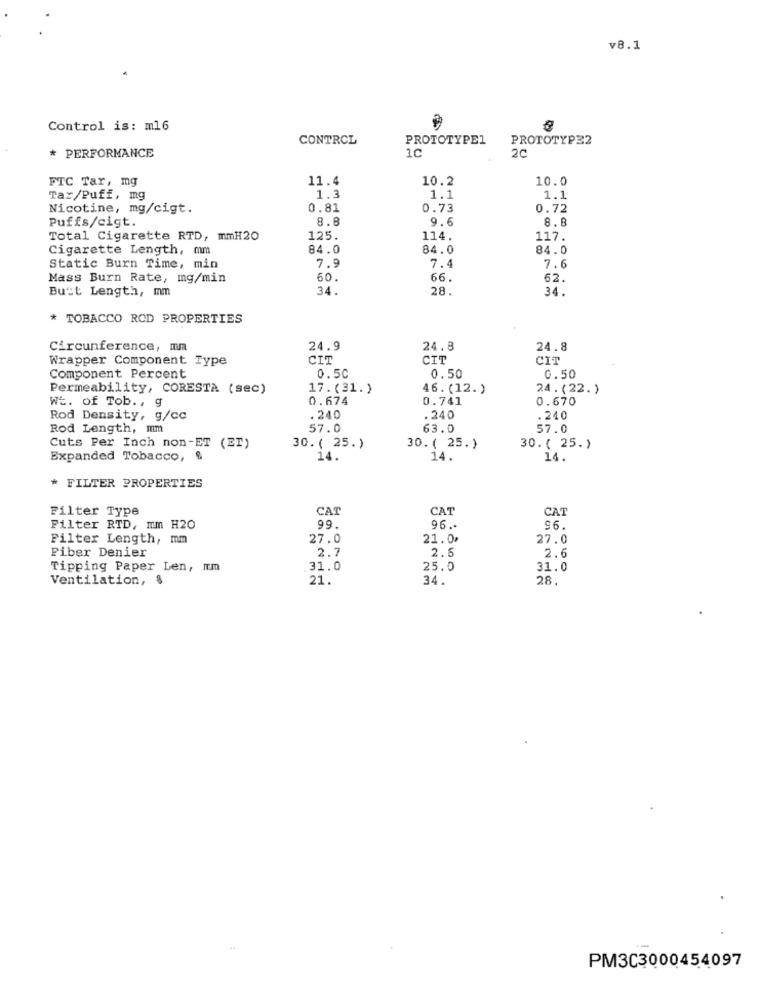
v8.1
Control is: m16
CONTROL
PROTOTYPE1
PROTOTYPE2
* PERFORMANCE
1c
2C
FTC Tar, mg
11.4
10.2
10.0
Tar/Puff, mg
1.3
1.1
1.1
Nicotine, mg/cigt.
0.81
0.73
0.72
Puffs/cigt.
8.8
9.6
8.8
Total Cigarette RTD, mmH20
125.
114.
117.
Cigarette Length, mm
84.0
84.0
84.0
7.9
7.4
Static Burn Time, min
7.6
Mass Burn Rate, mg/min
60.
66.
62.
But:t Length, mm
34.
28.
34.
* TOBACCO ROD PROPERTIES
Circunference, mm
24.9
24.8
24.8
Wrapper Component Type
CIT
CIT
CIT
Component Percent
0.50
0.50
0.50
Permeability, CORESTA (sec)
17.(31.)
46. (12. )
24.(22.)
WE. of Tob ., g
0.674
0.741
0.670
Rod Density, g/cc
.240
.240
.240
Rod Length, mm
57.0
63.0
57.0
Cuts Per Inch non-ET (ET)
30. ( 25.)
30. ( 25.)
30.( 25.)
Expanded Tobacco,
14.
14.
14.
FILTER PROPERTIES
Filter Type
CAT
CAT
CAT
99.
96 .-
Filter RTD, mm H20
96.
Filter Length, mm
27.0
21.0₽
27.0
Fiber Denier
2.7
2.5
2.6
Tipping Paper Len, Im
31.0
25.0
31.0
Ventilation, $
21.
34.
28.
PM3C3000454097